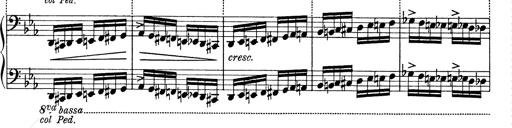
Title: 6 Polish Songs
Composer: Franz Liszt